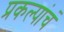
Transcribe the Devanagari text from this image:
प्रकल्पांचं